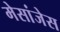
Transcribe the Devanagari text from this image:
मेसांजेस